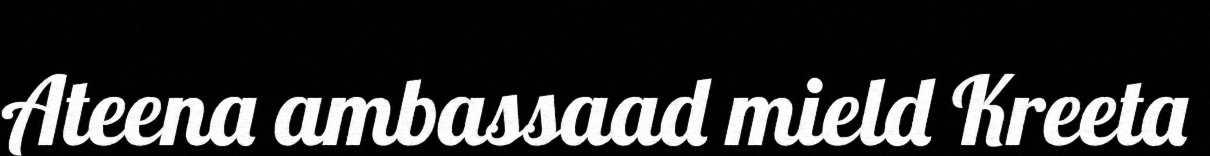
Ateena ambassaad mield Kreeta